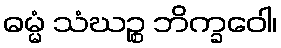
ဓမ္မံ သံဃဉ္စ ဘိက္ခဝေါ၊